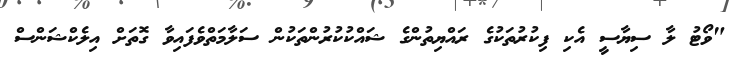
"ވޯޓު ލާ ސިޔާސީ އެކި ފިކުރުތަކުގެ ރައްޔިތުންގެ ޝައްކުކުރުންތަކުން ސަލާމަތްވެފައިވާ ގޮތަށް އިލެކްޝަންސް